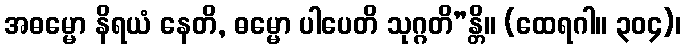
အဓမ္မော နိရယံ နေတိ, ဓမ္မော ပါပေတိ သုဂ္ဂတိ”န္တိ။ (ထေရဂါ။ ၃၀၄)၊